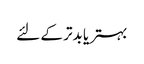
بہتر یا بدتر کے لئے